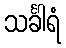
သင်္ခါရံ